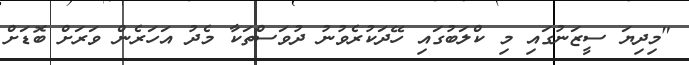
"މިދިޔަ ސީޒަނުގައި މި ކްލަބުގައި ހޭދަކުރެވުނު ދުވަސްތަކާ މެދު އަހަރެން ވަރަށް ބޮޑަށް